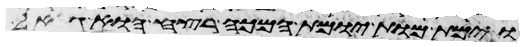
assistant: וימת מות יומת המכה רצח הוא גאל